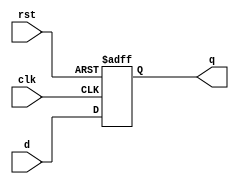
module dff (clk,rst,d,q);
input d,clk,rst;
output reg q;

always @(posedge clk or posedge rst)
begin
 if(rst) q<=0;
 else    q<=d;


end

 specify
   $setup(d,posedge clk,2);
   $hold(posedge clk,d,1);
 endspecify


endmodule